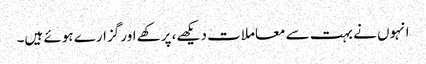
انہوں نے بہت سے معاملات دیکھے، پرکھے اور گزارے ہوئے ہیں۔